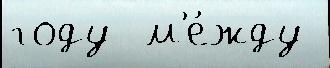
году  м'е́жду